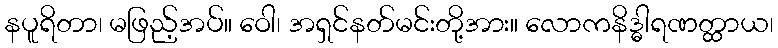
နပူရိတာ၊ မဖြည့်အပ်။ ဝေါ၊ အရှင်နတ်မင်းတို့အား။ လောကနိဒ္ဓါရဏတ္ထာယ၊